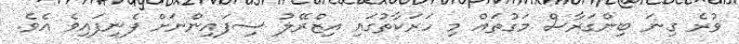
ވުރެ ގިނަ ބިންގަރާސް މަގުތައް މި ހަރަކާތުގައި އިޒްރޭލު ސިފައިންނަށް ފެނިފައިވެ އެވެ.